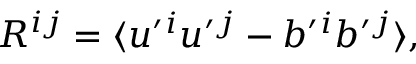
{ \cal { R } } ^ { i j } = \langle { u ^ { \prime } { } ^ { i } u ^ { \prime } { } ^ { j } - b ^ { \prime } { } ^ { i } b ^ { \prime } { } ^ { j } } \rangle ,